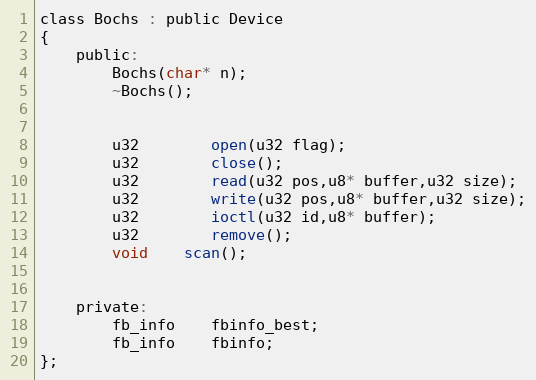
Language: C
class Bochs : public Device
{
	public:
		Bochs(char* n);
		~Bochs();

		u32		open(u32 flag);
		u32		close();
		u32		read(u32 pos,u8* buffer,u32 size);
		u32		write(u32 pos,u8* buffer,u32 size);
		u32		ioctl(u32 id,u8* buffer);
		u32		remove();
		void	scan();

	private:
		fb_info	fbinfo_best;
		fb_info	fbinfo;
};